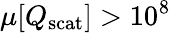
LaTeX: \mu[Q_{\mathrm{scat}}]>10^{8}